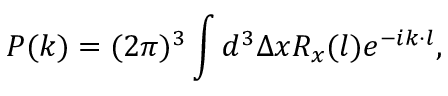
P ( \boldsymbol { k } ) = ( 2 \pi ) ^ { 3 } \int d ^ { 3 } \Delta x R _ { x } ( \boldsymbol { l } ) e ^ { - i \boldsymbol { k } \cdot \boldsymbol { l } } ,